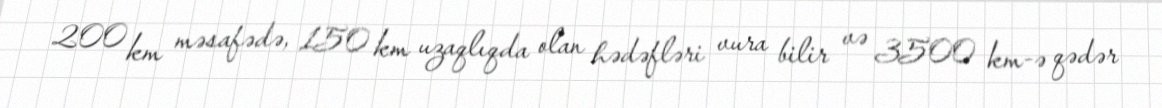
200 km məsafədə, 150 km uzaqlıqda olan hədəfləri vura bilir və 3500 km-ə qədər